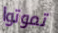
تموتوا